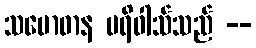
သမောဓာန ပရိဝါသ်သည် --